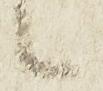
候